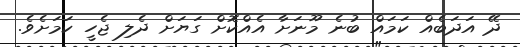
ދޭ އަދަބެއް ކަމައް ބުނެ މޫނަށާ އެއްކޮށް ގަޔަށް ދެލި ޖެހީ ކަމަށެވެ.